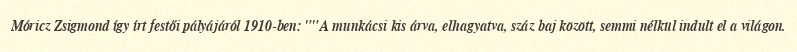
Móricz Zsigmond így írt festői pályájáról 1910-ben: ""A munkácsi kis árva, elhagyatva, száz baj között, semmi nélkül indult el a világon.